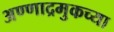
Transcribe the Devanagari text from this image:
अण्णाद्रमुकच्या